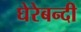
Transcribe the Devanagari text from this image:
घेरेबन्दी